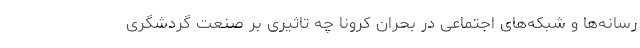
رسانه‌ها و شبکه‌های اجتماعی در بحران کرونا چه تاثیری بر صنعت گردشگری